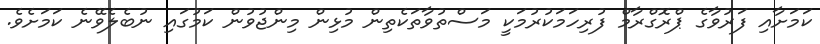
ކަމަށާއި ފަރުވާގެ ޕްރޮގްރާމް ފުރިހަމަކުރުމަކީ މަސްތުވާތަކެތިން މުޅިން މިންޖުވުން ކަމުގައި ނުބެލެވޭނެ ކަމަށެވެ.